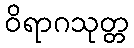
ဝိရာဂသုတ္တ